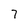
Character: 7